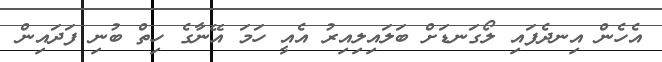
އެހެން އިނދެފައި ލޯގަނޑަށް ބަލައިލިއިރު އެއީ ހަމަ އޭނާގެ ހިތް ބުނި ފަދައިން